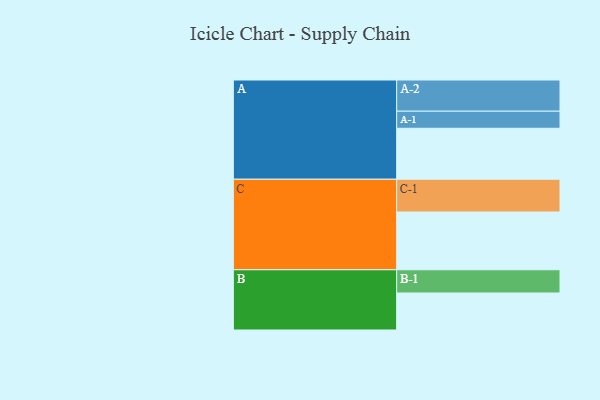
{"axis": {"x": "Segment", "y": "Value"}, "legend": ["", "A", "B", "C"], "data": [{"x": "A", "y": 456, "type": ""}, {"x": "B", "y": 331, "type": ""}, {"x": "C", "y": 517, "type": ""}, {"x": "A-1", "y": 153, "type": "A"}, {"x": "A-2", "y": 279, "type": "A"}, {"x": "B-1", "y": 208, "type": "B"}, {"x": "C-1", "y": 293, "type": "C"}]}